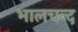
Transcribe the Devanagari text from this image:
भालचन्द